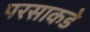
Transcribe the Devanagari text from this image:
परसाकडे